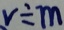
v \div m